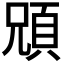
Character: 𩒇